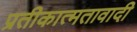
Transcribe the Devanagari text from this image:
प्रतीकात्मतावादी